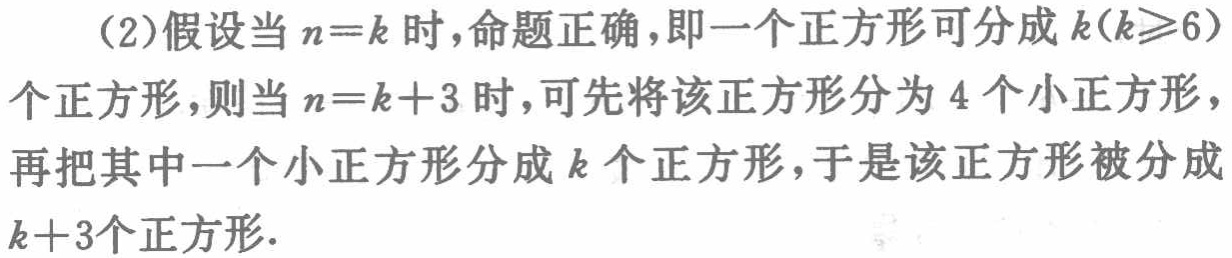
（2）假设当\(n = k\)时，命题正确，即一个正方形可分成\(k(k\geqslant6)\)个正方形，则当\(n=k + 3\)时，可先将该正方形分为\(4\)个小正方形，再把其中一个小正方形分成\(k\)个正方形，于是该正方形被分成\(k + 3\)个正方形.